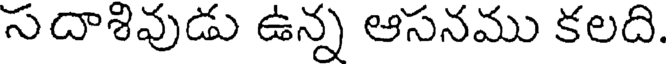
సదాశివుడు ఉన్న ఆసనము కలది.